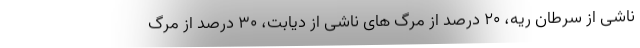
ناشی از سرطان ریه، ۲۰ درصد از مرگ های ناشی از دیابت، ۳۰ درصد از مرگ